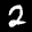
Label: 2